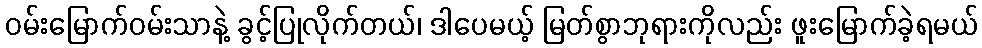
ဝမ်းမြောက်ဝမ်းသာနဲ့ ခွင့်ပြုလိုက်တယ်၊ ဒါပေမယ့် မြတ်စွာဘုရားကိုလည်း ဖူးမြောက်ခဲ့ရမယ်